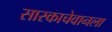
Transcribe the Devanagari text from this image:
सास्काचेवानला